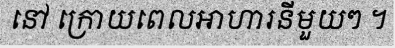
នៅ ក្រោយពេលអាហារនីមួយៗ ។